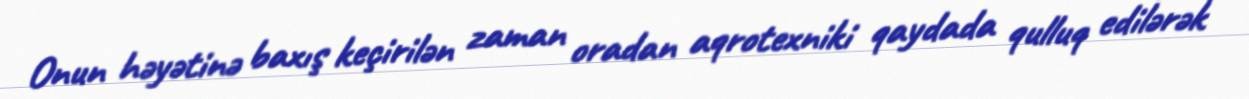
Onun həyətinə baxış keçirilən zaman oradan aqrotexniki qaydada qulluq edilərək